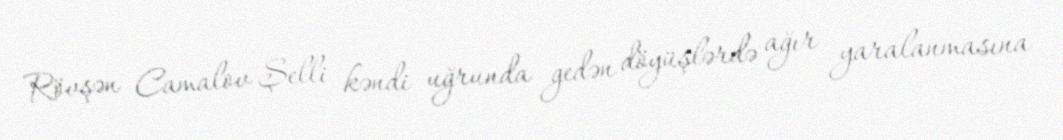
Rövşən Camalov Şelli kəndi uğrunda gedən döyüşlərdə ağır yaralanmasına